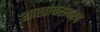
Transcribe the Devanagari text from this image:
शाखांबरोबरच